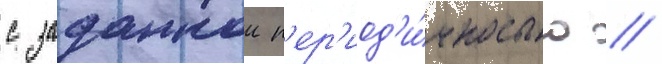
с заданнои п'ер'иод'и́чностью //